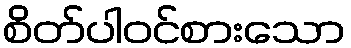
စိတ်ပါဝင်စားသော